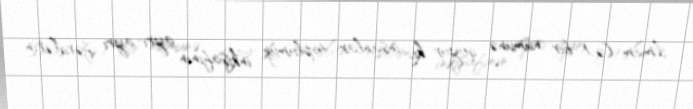
İmam (ə) bir nümunə qoyur ki, insanlar toplumun inkişafının ayrı-ayrı fərdlərin